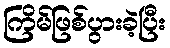
ကြိမ်ဖြစ်ပွားခဲ့ပြီး